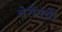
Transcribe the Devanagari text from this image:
चेरॉनची